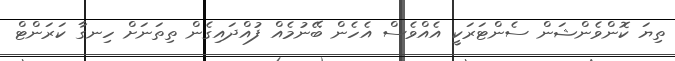
ތިޔަ ކޮންވެންޝަން ސެންޓަރަކީ އެއްވެސް އެހެން ބޭނުމެއް ފުއްދައިގެން ތިތަނަށް ހިނގާ ކަރަންޓް